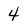
Character: 4